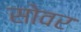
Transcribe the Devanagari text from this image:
सोवर